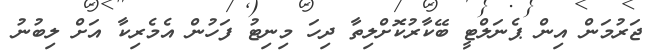
ޖަރުމަން އިން ޕެނަލްޓީ ބޭކާރުކޮށްލިތާ ދިހަ މިނިޓު ފަހުން އެމެރިކާ އަށް ލިބުނު